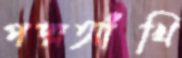
পদ্মআঁখি